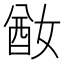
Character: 𡞜